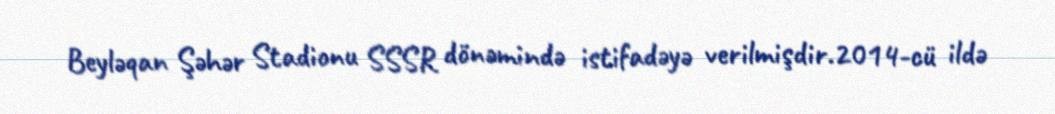
Beyləqan Şəhər Stadionu SSSR dönəmində istifadəyə verilmişdir.2014-cü ildə